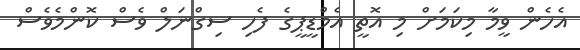
އެހެން ވީމާ މިކަމަށް މި އޮތީ އެމްޑީޕީގެ ފެހި ސިގްނަލް ވެސް ކޮންމެވެސް